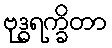
ဗုဒ္ဓရက္ခိတာ